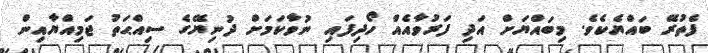
ފެތުރޭ ބައްޔެކެވެ. މިބައްޔަށް އަދި ފަރުވާއެއް ހޯދިފައި ނުވާކަމަށް ދުނިޔޭގެ ސިއްޙަތު ޖަމިއްޔާއިން